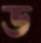
ড